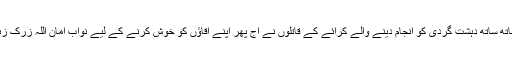
رپورٹ کے مطابق پاکستان میں خوف و ہراس کے ساتھ ساتھ دہشت گردی کو انجام دینے والے کرائے کے قاتلوں نے آج پھر اپنے آقاؤں کو خوش کرنے کے لیے نواب امان اللہ زرک زئی اور دیگر افراد کو گولیوں کے وار سے قتل کر دیا۔